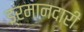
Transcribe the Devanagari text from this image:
इ्रमानदारी